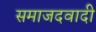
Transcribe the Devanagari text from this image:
समाजदवादी